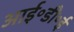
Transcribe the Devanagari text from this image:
आई॰डी॰ई